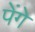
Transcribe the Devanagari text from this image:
पेंगे